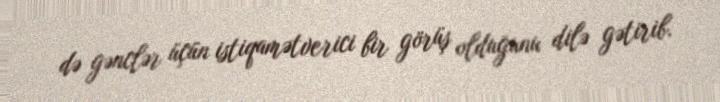
də gənclər üçün istiqamətverici bir görüş olduğunu dilə gətirib.